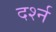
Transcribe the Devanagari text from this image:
दर्श्न